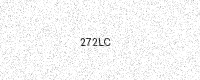
Text: 272LC